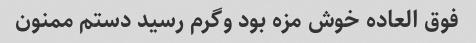
فوق العاده خوش مزه بود و‌گرم رسید دستم ممنون